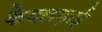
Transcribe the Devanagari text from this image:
कैदलड़ाई